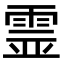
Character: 霊